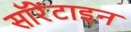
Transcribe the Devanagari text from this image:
सॉरेंटाइन